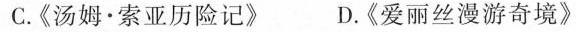
C.《汤姆·索亚历险记》 D.《爱丽丝漫游奇境》